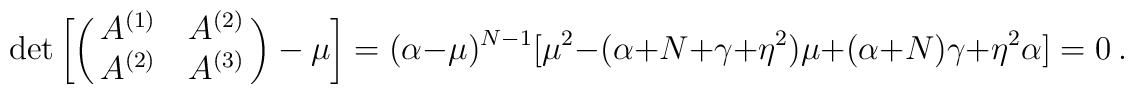
\det \left[\pmatrix{ A^{(1)} & A^{(2)} \cr  A^{(2)} &  A^{(3)} } - \mu \right] = (\alpha - \mu)^{N-1}                 [ \mu^2 - (\alpha + N + \gamma + \eta^2)\mu +                  (\alpha + N)\gamma + \eta^2\alpha] = 0 ~ .